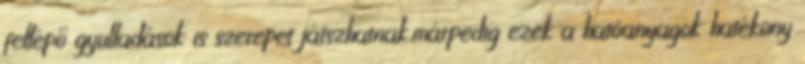
fellépő gyulladások is szerepet játszhatnak,márpedig ezek a hatóanyagok hatékony